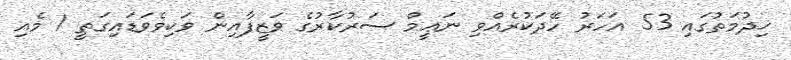
ޚިދުމަތުގައި 53 އަހަރު ހޭދަކުރެއްވި ނަޢީމް ސަރުކާރުގެ ވަޒީފާއިން ވަކިވެވަޑައިގަތީ 1 މެއި